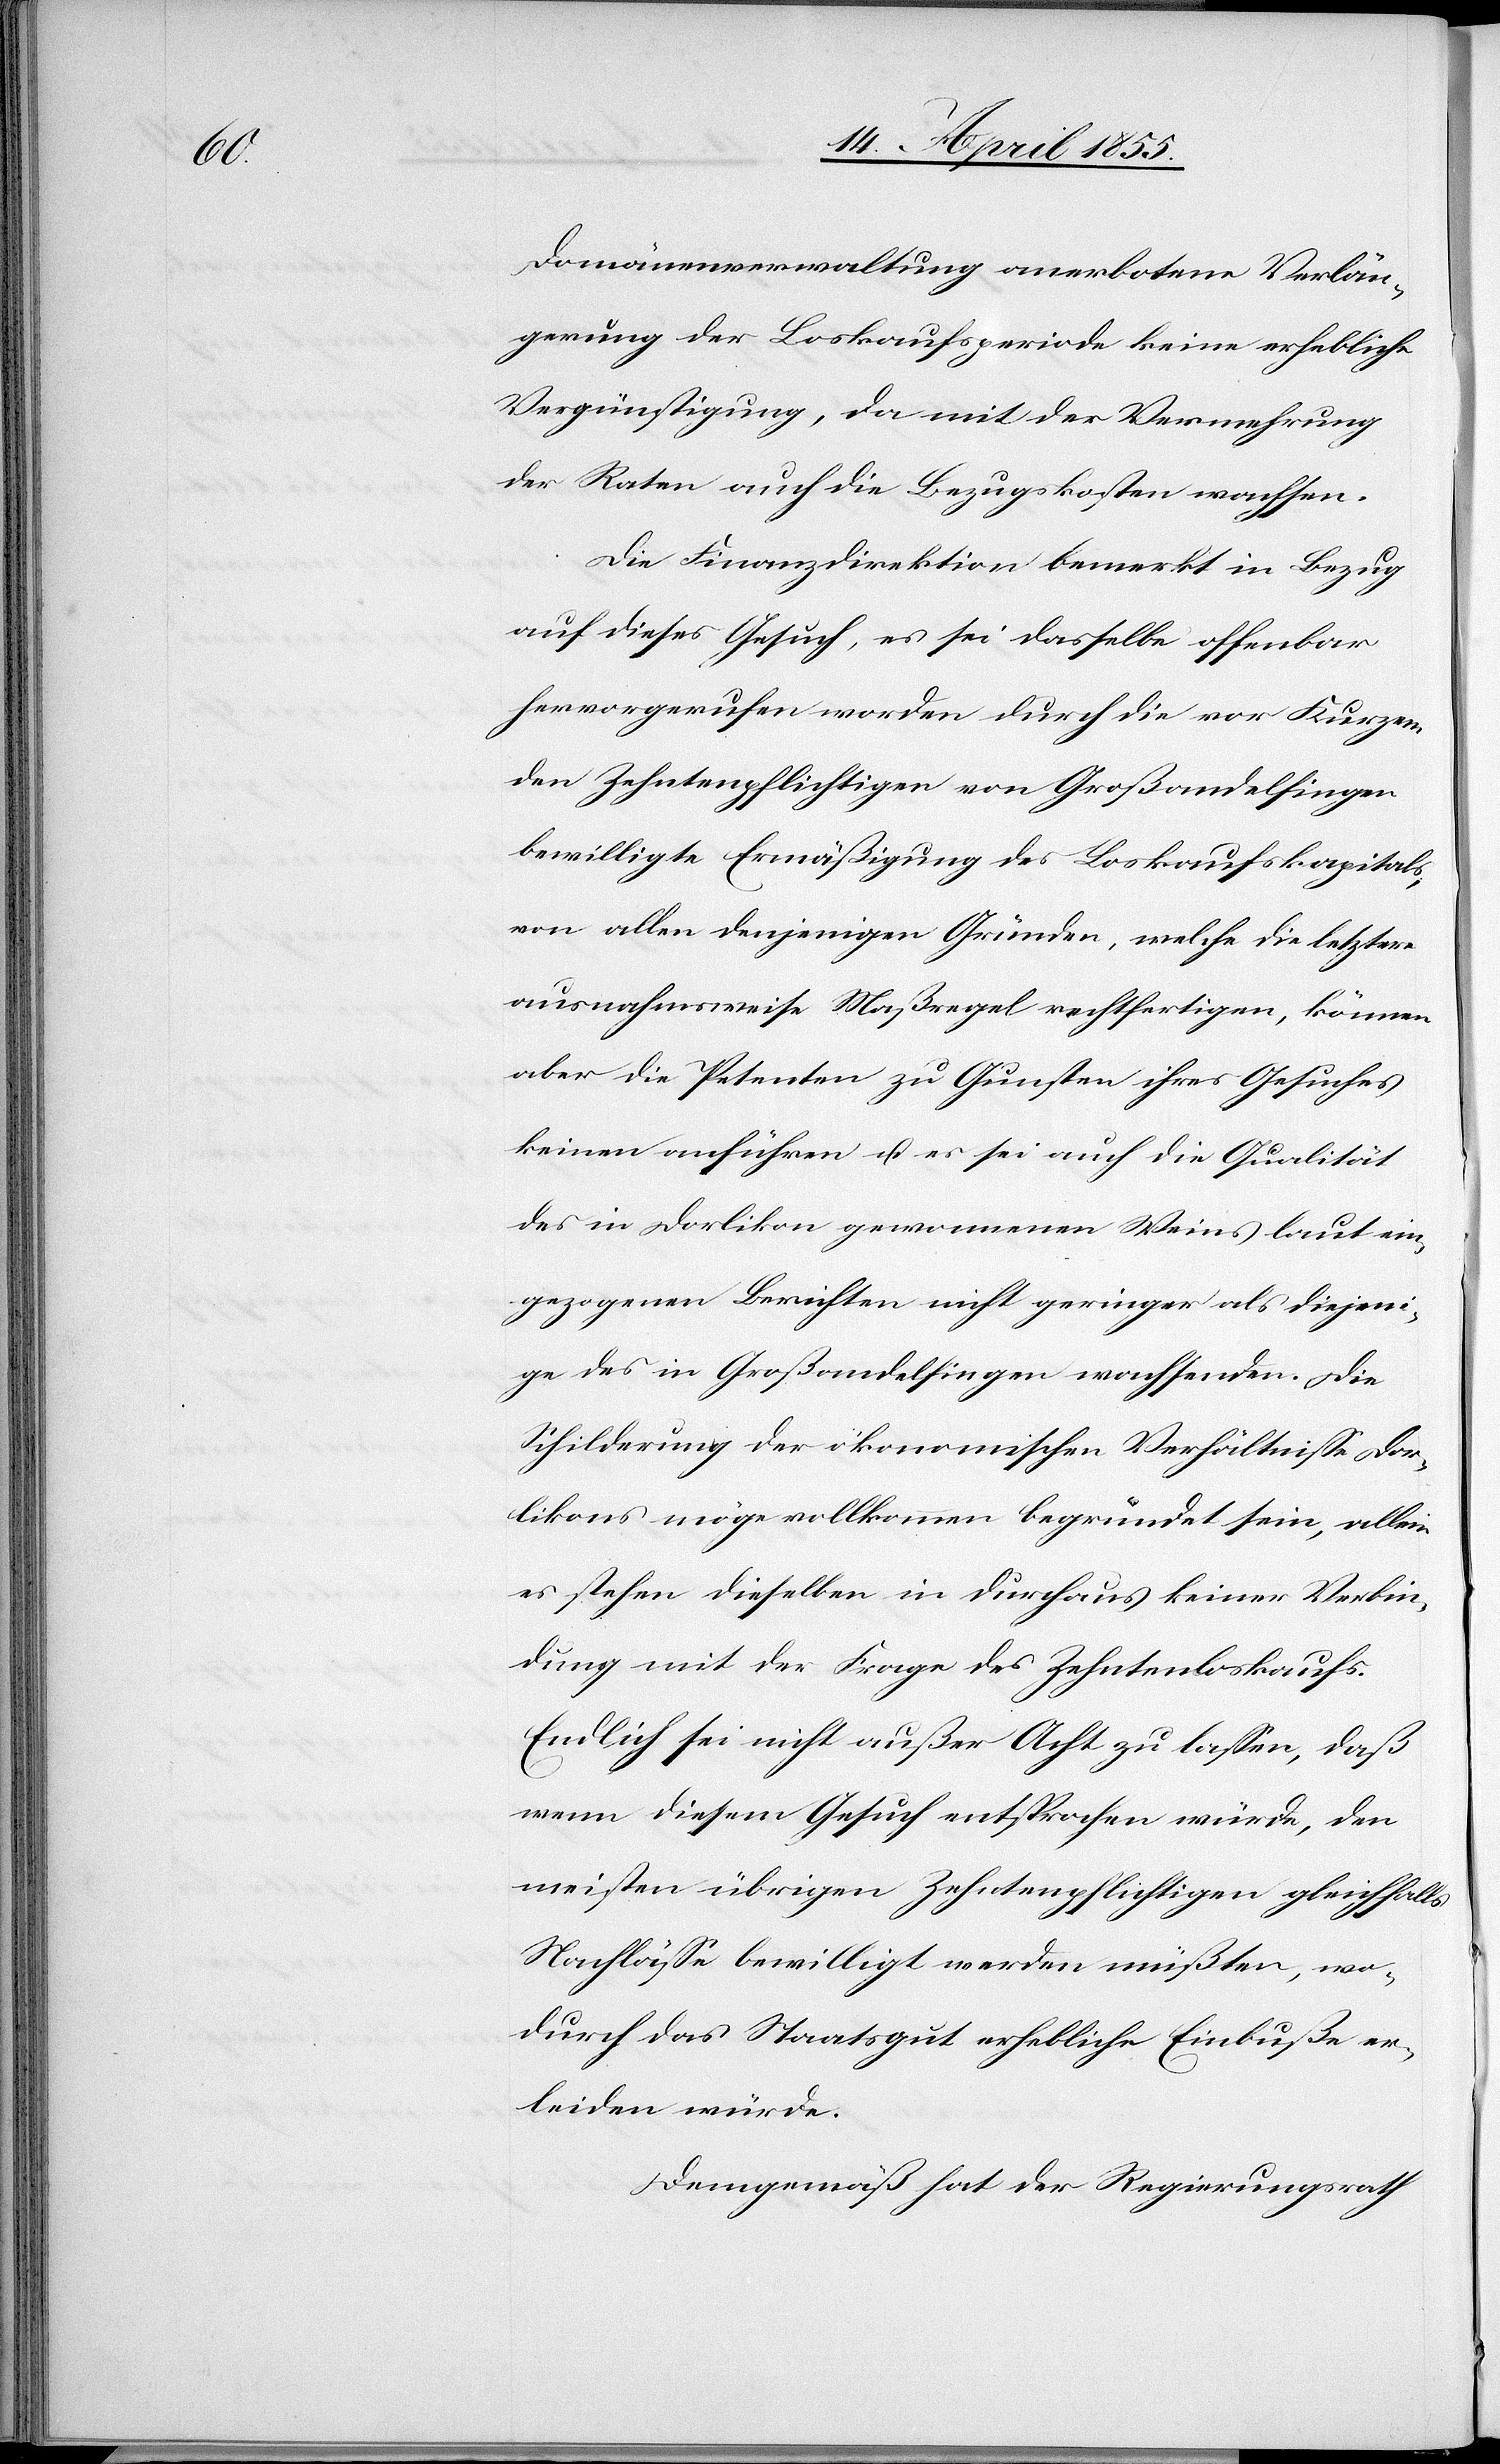
Domänenverwaltung anerbotene Verlän¬
gerung der Loskaufsperiode keine erhebliche
Vergünstigung, da mit der Vermehrung
der Raten auch die Bezugskosten wachsen.
Die Finanzdirektion bemerkt in Bezug
auf dieses Gesuch, es sei dasselbe offenbar
hervorgerufen worden durch die vor Kurzem
den Zehntenpflichtigen von Großandelfingen
bewilligte Ermäßigung des Loskaufskapitals;
von allen denjenigen Gründen, welche die letztere
ausnahmsweise Maßregel rechtfertigen, können
aber die Petenten zu Gunsten ihres Gesuches
keinen anführen u. es sei auch die Qualität
des in Dorlikon gewonnenen Weins laut ein¬
gezogenen Berichten nicht geringer als diejen¬
ige des in Großandelfingen wachsenden. Die
Schilderung der ökonomischen Verhältnisse Dor¬
likons möge vollkommen begründet sein, allein
es stehen dieselben in durchaus keiner Verbin¬
dung mit der Frage des Zehntenloskaufs.
Endlich sei nicht außer Acht zu lassen, daß
wenn diesem Gesuch entsprochen würde, den
meisten übrigen Zehntenpflichtigen gleichfalls
Nachlässe bewilligt werden müßten, wo¬
durch das Staatsgut erhebliche Einbuße er¬
leiden würde.
Demgemäß hat der Regierungsrath